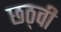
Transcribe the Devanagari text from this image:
छठ्वी